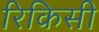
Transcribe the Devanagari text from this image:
रिकिसी